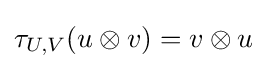
\tau _{U,V}(u\otimes v)=v\otimes u